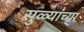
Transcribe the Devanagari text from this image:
सुळ्यांच्या